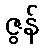
ဇွန်